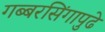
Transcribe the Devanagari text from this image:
गब्बरसिंगापुढे